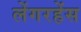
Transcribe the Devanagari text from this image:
लेंगरहेंस